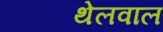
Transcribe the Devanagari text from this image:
थेलवाल